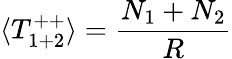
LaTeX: \langle T_{1+2}^{++}\rangle=\frac{N_{1}+N_{2}}{R}